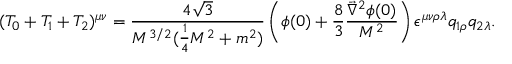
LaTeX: ( T _ { 0 } + T _ { 1 } + T _ { 2 } ) ^ { \mu \nu } = \frac { 4 \sqrt { 3 } } { M ^ { 3 / 2 } ( \frac { 1 } { 4 } M ^ { 2 } + m ^ { 2 } ) } \left( \phi ( 0 ) + \frac { 8 } { 3 } \frac { \vec { \nabla } ^ { 2 } \phi ( 0 ) } { M ^ { 2 } } \right) \epsilon ^ { \mu \nu \rho \lambda } q _ { 1 \rho } q _ { 2 \lambda } .